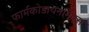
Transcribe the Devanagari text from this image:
फार्मकोडायनमिक्स